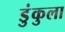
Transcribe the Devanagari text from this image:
डुंकुला